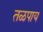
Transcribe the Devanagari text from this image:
तळपाय